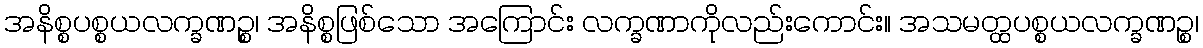
အနိစ္စပစ္စယလက္ခဏဉ္စ၊ အနိစ္စဖြစ်သော အကြောင်း လက္ခဏာကိုလည်းကောင်း။ အသမတ္ထပစ္စယလက္ခဏဉ္စ၊